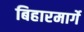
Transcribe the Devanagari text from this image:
बिहारमार्गे